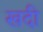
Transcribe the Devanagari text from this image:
खदी